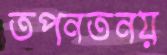
তপনতনয়